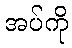
အပ်ကို